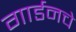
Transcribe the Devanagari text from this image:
गार्डनचे